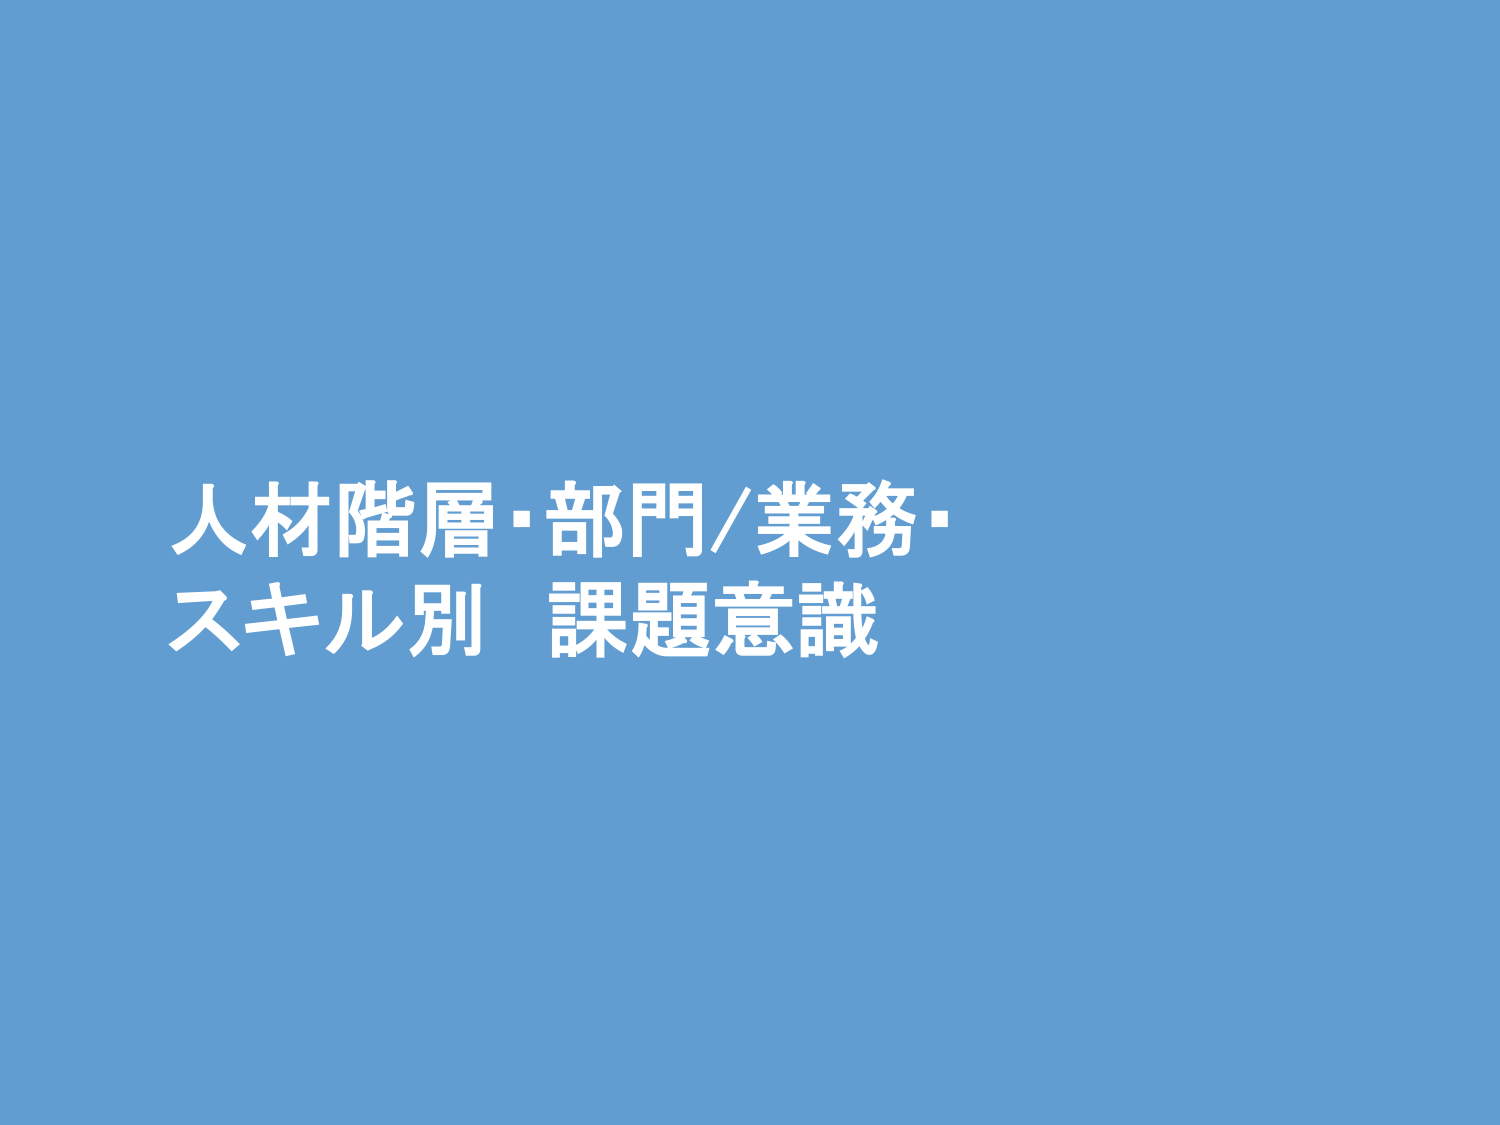
人材階層・部門/業務・
スキル別 課題意識